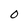
Character: O